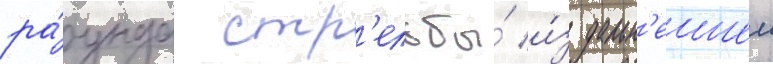
ра́унда стр'ельбы́ и́з дальн'еишеи